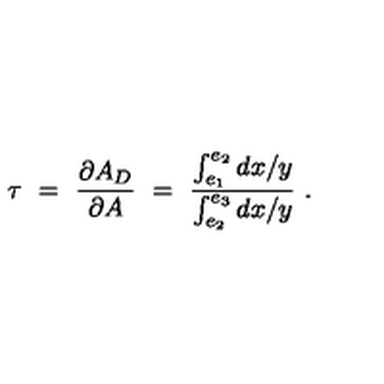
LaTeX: \tau \ = \ { \frac { \partial A _ { D } } { \partial A } } \ = \ { \frac { \int _ { e _ { 1 } } ^ { e _ { 2 } } { d x / y } } { \int _ { e _ { 2 } } ^ { e _ { 3 } } { d x / y } } } \ .